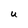
Character: U